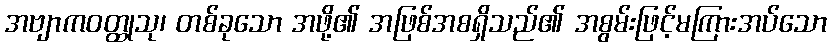
အဗျာကဝတ္ထုသု၊ တစ်ခုသော အဖို့၏ အဖြစ်အစရှိသည်၏ အစွမ်းဖြင့်မကြားအပ်သော